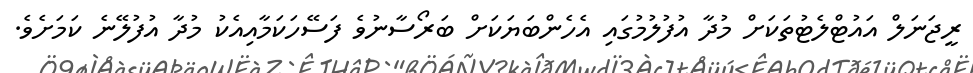
ރީޖަނަލް އައުޓްލެޓުތަކަށް މުދާ އުފުލުމުގައި އެހެންބަޔަކަށް ބަރޯސާނުވެ ފަސޭހަކަމާއިއެކު މުދާ އުފުލޭނެ ކަމަށެވެ.